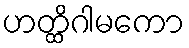
ဟတ္ထိဂါမကော